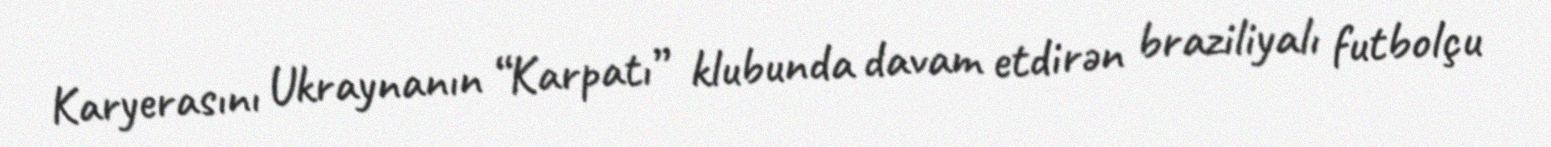
Karyerasını Ukraynanın “Karpatı” klubunda davam etdirən braziliyalı futbolçu